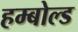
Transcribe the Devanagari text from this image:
हम्बोल्ड